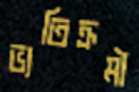
ভ্যতিক্রমী